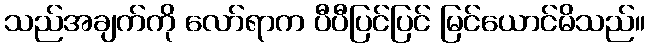
သည်အချက်ကို လော်ရာက ပီပီပြင်ပြင် မြင်ယောင်မိသည်။